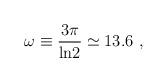
LaTeX: \begin{align*}\omega\equiv {3\pi\over{{\rm ln}2}}\simeq 13.6\ ,\end{align*}